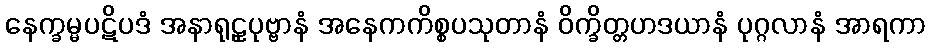
နေက္ခမ္မပဋိပဒံ အနာရုဠှပုဗ္ဗာနံ အနေကကိစ္စပသုတာနံ ဝိက္ခိတ္တဟဒယာနံ ပုဂ္ဂလာနံ အာရကာ